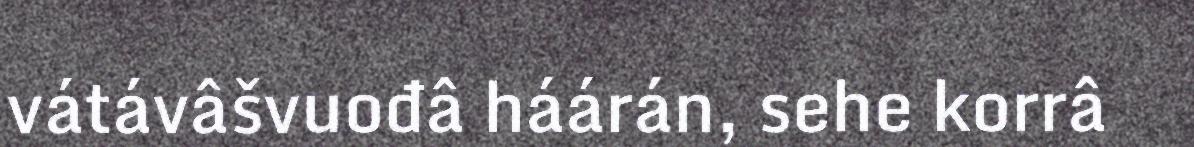
vátávâšvuođâ háárán, sehe korrâ